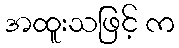
အထူးသဖြင့် က